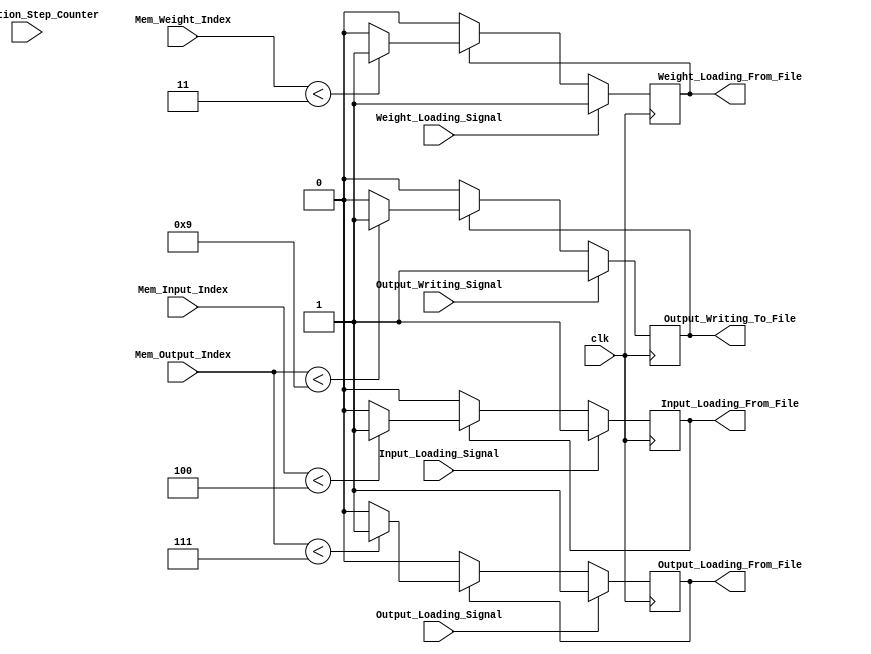
//loading or writing
module Signal_Setting
    #(
		parameter Weight_Addr_Width = 2,
		parameter Output_Addr_Width = 3,
		parameter Input_Addr_Width = 4, 
        parameter Weight_Nums = 4,
        parameter Output_Nums = 8,
        parameter Input_Nums = Output_Nums - Weight_Nums + 1,
		parameter Nums_Pipeline_Stages = 4,
		parameter Pipeline_Tail = Nums_Pipeline_Stages - 1,
        parameter Total_Computation_Steps_in_bits = 6,
        parameter Total_Computation_Steps = Weight_Nums * Output_Nums + Pipeline_Tail
    )
    (clk, 
    Weight_Loading_Signal, Input_Loading_Signal, Output_Loading_Signal,
    Weight_Loading_From_File, Input_Loading_From_File, Output_Loading_From_File,
    Output_Writing_Signal, Output_Writing_To_File,
    Mem_Weight_Index, Mem_Input_Index, Mem_Output_Index, 
    Computation_Step_Counter,
    );

        input clk;

        input Weight_Loading_Signal, Input_Loading_Signal, Output_Loading_Signal;
        output reg Weight_Loading_From_File, Input_Loading_From_File, Output_Loading_From_File;

        input Output_Writing_Signal;
        output reg Output_Writing_To_File;

        input [Weight_Addr_Width:0] Mem_Weight_Index;
        input [Input_Addr_Width:0] Mem_Input_Index;
        input [Output_Addr_Width:0] Mem_Output_Index;
        input [Total_Computation_Steps_in_bits:0] Computation_Step_Counter;


		always@(posedge clk) begin
			if(Weight_Loading_Signal) begin
				Weight_Loading_From_File <= 1;
			end
			else if (Weight_Loading_From_File)  begin
				if (Mem_Weight_Index < Weight_Nums - 1) begin
					Weight_Loading_From_File <= Weight_Loading_From_File;
				end
				else begin
					Weight_Loading_From_File <= 0;
				end
			end
			else begin
				Weight_Loading_From_File <= 0;
			end

			if(Output_Loading_Signal) begin
				Output_Loading_From_File <= 1;
			end
			else if (Output_Loading_From_File)  begin
				if (Mem_Output_Index < Output_Nums - 1) begin
					Output_Loading_From_File <= Output_Loading_From_File;
				end
				else begin
					Output_Loading_From_File <= 0;
				end
			end
			else begin
				Output_Loading_From_File <= 0;
			end

			if(Input_Loading_Signal) begin
				Input_Loading_From_File <= 1;
			end
			else if (Input_Loading_From_File)  begin
				if (Mem_Input_Index < Input_Nums - 1) begin
					Input_Loading_From_File <= Input_Loading_From_File;
				end
				else begin
					Input_Loading_From_File <= 0;
				end
			end
			else begin
				Input_Loading_From_File <= 0;
			end

			if (Output_Writing_Signal) begin
				Output_Writing_To_File <= 1;	
			end
			else if (Output_Writing_To_File) begin
				if(Mem_Output_Index < Output_Nums + 1) begin
					Output_Writing_To_File <= Output_Writing_To_File;
				end
				else begin
					Output_Writing_To_File <= 0;
				end
			end
			else begin
				Output_Writing_To_File <= Output_Writing_To_File;
			end
		end
endmodule